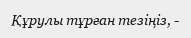
Құрулы тұрған тезіңіз, -